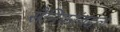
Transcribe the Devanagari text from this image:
सैनिकांबद्दल